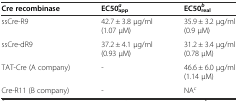
<table><thead><tr><td><b>Cre recombinase</b></td><td><b>EC50<sub>app</sub><sup><i>a</i></sup></b></td><td><b>EC50<sub>real</sub><sup><i>b</i></sup></b></td></tr></thead><tbody><tr><td>ssCre-R9</td><td>42.7 ± 3.8 μg/ml (1.07 μM)</td><td>35.9 ± 3.2 μg/ml (0.9 μM)</td></tr><tr><td>ssCre-dR9</td><td>37.2 ± 4.1 μg/ml (0.93 μM)</td><td>31.2 ± 3.4 μg/ml (0.78 μM)</td></tr><tr><td>TAT-Cre (A company)</td><td>-</td><td>46.6 ± 6.0 μg/ml (1.14 μM)</td></tr><tr><td>Cre-R11 (B company)</td><td>-</td><td>NA<sup><i>c</i></sup></td></tr></tbody></table>